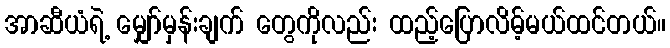
အာဆီယံရဲ့ မျှော်မှန်းချက် တွေကိုလည်း ထည့်ပြောလိမ့်မယ်ထင်တယ်။